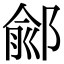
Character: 鄃